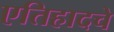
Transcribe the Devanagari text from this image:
एतिहादचे